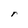
Character: r